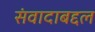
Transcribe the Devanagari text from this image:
संवादाबद्दल